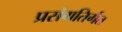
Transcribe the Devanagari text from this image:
प्रसंगतिर्गत